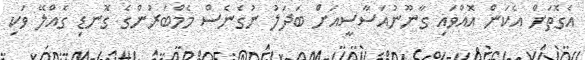
އެގޮތަށް އެކަން އޮއްވައި ގާނޫނުއަސާސީއަށް ބަދަލު ނުގެނެސް މެމްބަރުންގެ ގޮނޑި ގެއްލޭ ވަކި